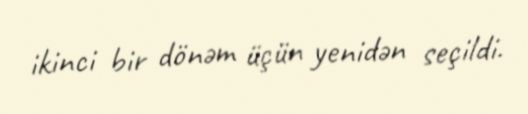
ikinci bir dönəm üçün yenidən seçildi.